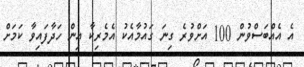
އެ އެއްބަސްވުން 100 އަށްވުރެ ގިނަ ގައުމާއެކު އެމެރިކާ އިން ހަދާފައިވާ ކަމަށް